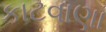
કાટવાણા